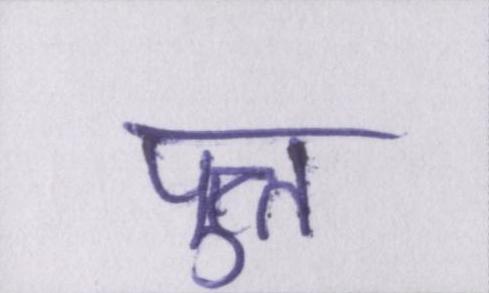
पुत्त